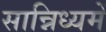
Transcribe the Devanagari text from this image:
सान्निध्‍यमें